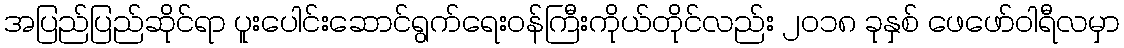
အပြည်ပြည်ဆိုင်ရာ ပူးပေါင်းဆောင်ရွက်ရေးဝန်ကြီးကိုယ်တိုင်လည်း ၂ဝ၁၈ ခုနှစ် ဖေဖော်ဝါရီလမှာ